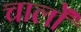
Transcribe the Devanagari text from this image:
चालोँ